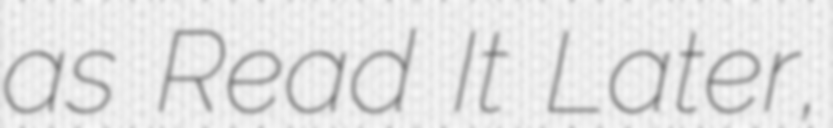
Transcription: as Read It Later,